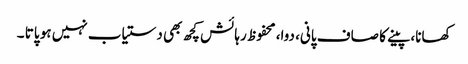
کھانا، پینے کا صاف پانی، دوا، محفوظ رہائش کچھ بھی دستیاب نہیں ہو پاتا ۔